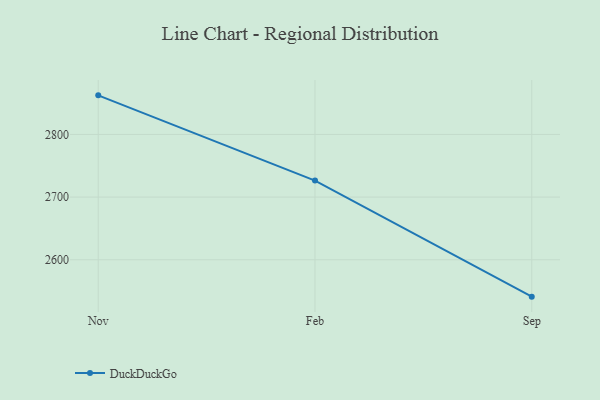
{"axis": {"x": "Month", "y": "Bounce Rate (%)"}, "legend": ["DuckDuckGo"], "data": [{"x": "Nov", "y": 2862.4, "type": "DuckDuckGo"}, {"x": "Feb", "y": 2726.3, "type": "DuckDuckGo"}, {"x": "Sep", "y": 2541.1, "type": "DuckDuckGo"}]}